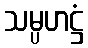
သမ္ပဟဋ္ဌံ